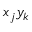
x _ { j } y _ { k }